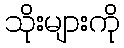
သိုးများကို